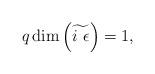
LaTeX: \begin{align*}q\dim\left(\widetilde{i\ \epsilon}\right)=1,\end{align*}